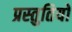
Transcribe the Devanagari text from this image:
प्रस्‍तुतियों